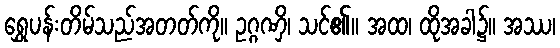
ရွှေပန်းတိမ်သည်အတတ်ကို။ ဥဂ္ဂဏှိ၊ သင်၏။ အထ၊ ထိုအခါ၌။ အဿ၊